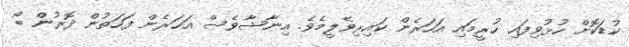
ކުޑަކޮށް ހުޅުވިފައި ހުރީމައި އަހަރެން ކައިރިވެލީމެވެ. އިނާޝާވެސް އަހަރެން ފަހަތުން ދޮރުން ބޯ